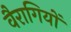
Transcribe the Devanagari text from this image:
वैरागियों